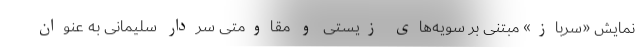
نمایش «سرباز» مبتنی بر سویه‌های زیستی و مقاومتی سردار سلیمانی به عنوان